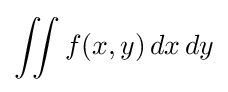
\iint f(x,y)\,dx\,dy